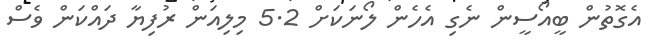
އެގޮތުން ބީއޯސީން ނެގި އެހެން ލޯނަކަށް 5.2 މިލިއަން ރުފިޔާ ދައްކަން ވެސް